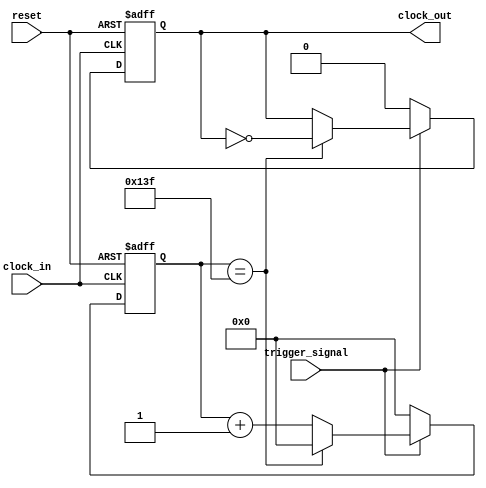
///////////////////////////////////////////////////////////////////////////////////////////////////
// Company: <Name>
//
// File history:
//      <Revision number>: <Date>: <Comments>
//      <Revision number>: <Date>: <Comments>
//      <Revision number>: <Date>: <Comments>
//
// Description: 
//
// <Description here>
//
// Targeted device: <Family::IGLOO> <Die::AGLN250V2> <Package::100 VQFP>
//
/////////////////////////////////////////////////////////////////////////////////////////////////// 
//`timescale <time_units> / <precision>

module ten_mhz_clock( clock_in, reset, trigger_signal, clock_out );
input clock_in, reset, trigger_signal;
output reg clock_out;

reg[11:0] counter;

always @(posedge clock_in or negedge reset)
begin
    if (!reset)
    begin
        counter <= 0;
        clock_out <= 0;
    end
    else if (trigger_signal)
    begin
        if (counter==12'd319)
        begin
            counter <= 0;
            clock_out <= ~clock_out;
        end
        else
        begin
            counter <= counter+1;
            clock_out <= clock_out;
        end
    end
    else
    begin
        counter <= 0;
        clock_out <= 0;
    end
end

endmodule